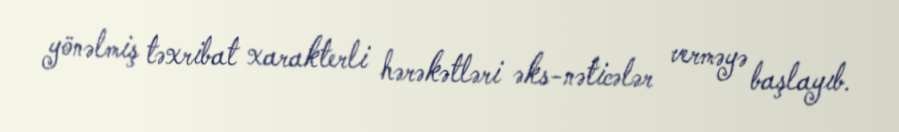
yönəlmiş təxribat xarakterli hərəkətləri əks-nəticələr verməyə başlayıb.